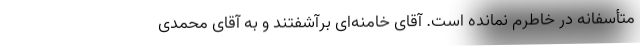
متأسفانه در خاطرم نمانده است. آقای خامنه‌ای برآشفتند و به آقای محمدی